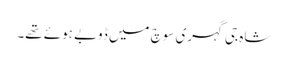
شاہ جی گہری سوچ میں ڈوبے ہوئے تھے۔